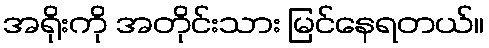
အရိုးကို အတိုင်းသား မြင်နေရတယ်။